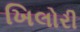
ખિલોરી